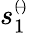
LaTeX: s_{1}^{\scriptscriptstyle(\! -\! )}